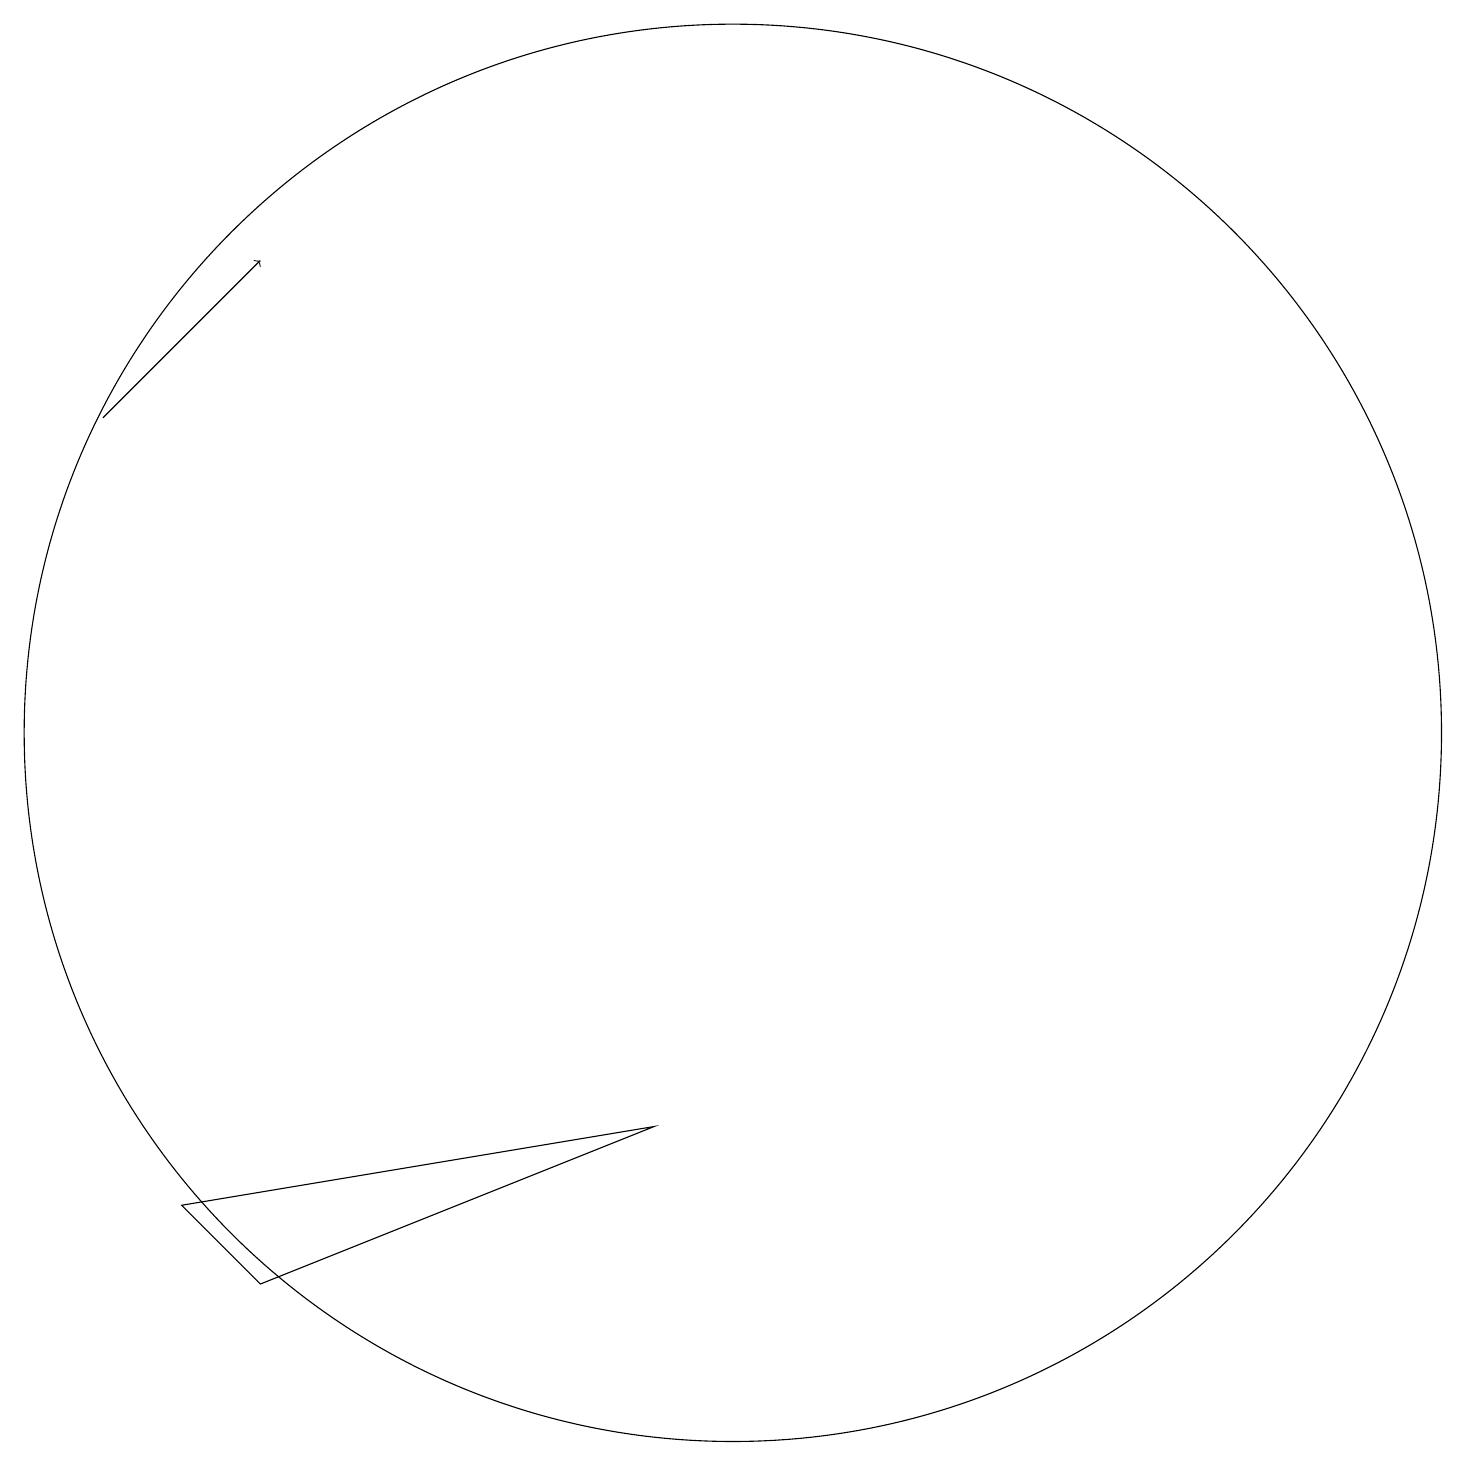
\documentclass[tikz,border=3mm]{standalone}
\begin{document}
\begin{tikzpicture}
\draw[->] (2,15) -- (4,17);
\draw (4,4) -- (3,5) -- (9,6) -- cycle;
\draw (10,11) circle (9);
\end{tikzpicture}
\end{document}